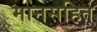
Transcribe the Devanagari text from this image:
मानसहित